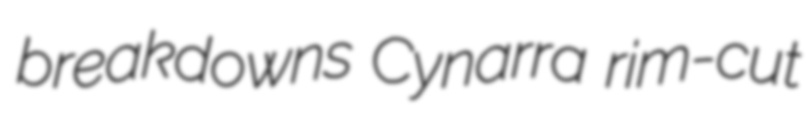
breakdowns Cynarra rim-cut